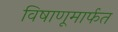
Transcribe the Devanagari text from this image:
विषाणूमार्फत